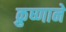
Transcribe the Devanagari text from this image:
क्रुष्णाने